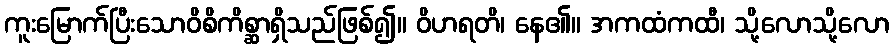
ကူးမြောက်ပြီးသောဝိစိကိစ္ဆာရှိသည်ဖြစ်၍။ ဝိဟရတိ၊ နေ၏။ အကထံကထီ၊ သို့လောသို့လော